Reports on military cantonments and civil stations in the Presidency of Bombay inspected by the Sanitary Commissioner in the years 1875 and 1876
Year: 1875
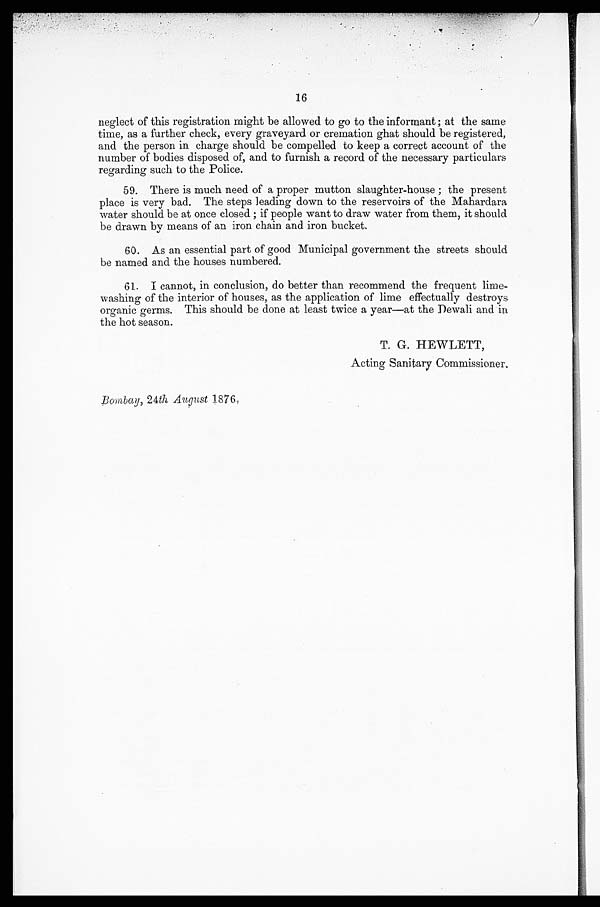
16
neglect of this registration might be allowed to go to the informant ; at the same
time, as a further check, every graveyard or cremation ghat should be registered,
and the person in charge should be compelled to keep a correct account of the
number of bodies disposed of, and to furnish a record of the necessary particulars
regarding such to the Police.
59. There is much need of a proper mutton slaughter-house ; the present
place is very bad. The steps leading down to the reservoirs of the Mahardara
water should be at once closed ; if people want to draw water from them, it should
be drawn by means of an iron chain and iron bucket.
60. As an essential part of good Municipal government the streets should
be named and the houses numbered.
61. I cannot, in conclusion, do better than recommend the frequent lime
washing of the interior of houses, as the application of lime effectually destroys
oranic g e rms. This should be done at least twice a year—at the Dewali and in
organic
the hot season.
T. G. HEWLETT,
Acting Sanitary Commissioner.
Bombay, 24th August 1876.